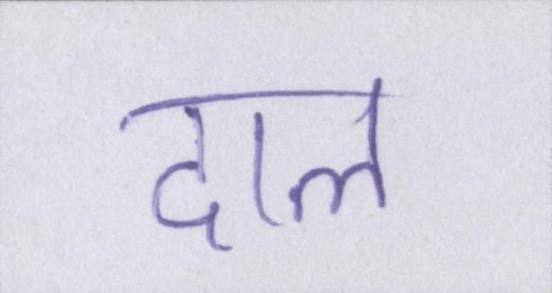
दाल